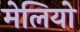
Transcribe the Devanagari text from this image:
मेलियो